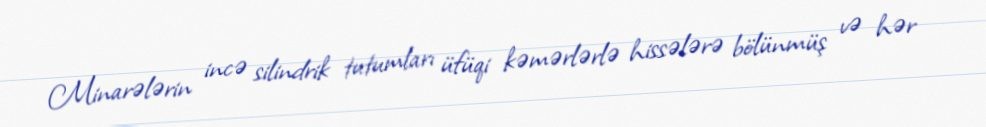
Minarələrin incə silindrik tutumları üfüqi kəmərlərlə hissələrə bölünmüş və hər